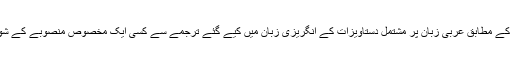
تاہم امریکی حکام کے مطابق عربی زبان پر مشتمل دستاویزات کے انگریزی زبان میں کیے گئے ترجمے سے کسی ایک مخصوص منصوبے کے شواہد نہیں ملے ہیں۔